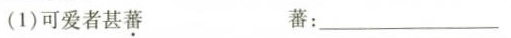
(1)可爱者甚蕃 蕃：___